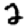
Digit: 2